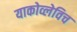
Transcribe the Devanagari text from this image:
याकोव्लेविच